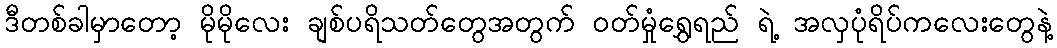
ဒီတစ်ခါမှာတော့ မိုမိုလေး ချစ်ပရိသတ်တွေအတွက် ဝတ်မှုံရွှေရည် ရဲ့ အလှပုံရိပ်ကလေးတွေနဲ့